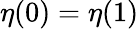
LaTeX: \eta(0)=\eta(1)